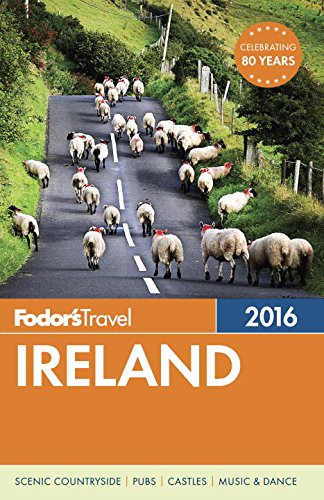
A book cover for Fodor's Ireland 2016 (Full-color Travel Guide); Fodor's; Travel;